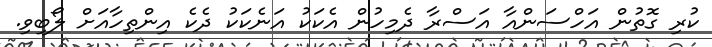
ކުރި ގޮތުން އަހްސަންއާ އަސްރާ ދެމިހުން އެކަކު އަނެކަކު ދެކެ އިންތިހާއަށް ލޯބިވި.